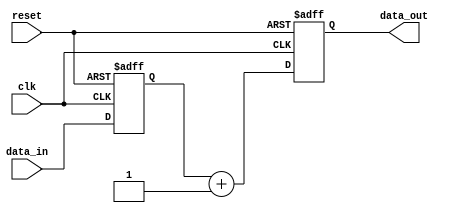
module behavioral_model (
    input wire clk,          // Clock input
    input wire reset,        // Asynchronous reset
    input wire [3:0] data_in, // Input data
    output reg [3:0] data_out // Output data
);

    // Signal Declaration
    reg [3:0] internal_signal;

    // Task Definition
    task update_internal_signal;
        input [3:0] new_data;
        begin
            // Non-blocking assignment to internal signal
            internal_signal <= new_data;
        end
    endtask

    task process_data;
        begin
            // Some processing logic
            data_out <= internal_signal + 1; // Example operation
        end
    endtask

    // Continuous Assignment (Triggered by clock edge)
    always @(posedge clk or posedge reset) begin
        if (reset) begin
            // Reset output and internal signal
            data_out <= 4'b0000;
            internal_signal <= 4'b0000;
        end else begin
            // Call tasks to update internal signal and process data
            update_internal_signal(data_in);
            process_data();
        end
    end

endmodule